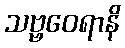
သဗ္ဗဝေရာနိ